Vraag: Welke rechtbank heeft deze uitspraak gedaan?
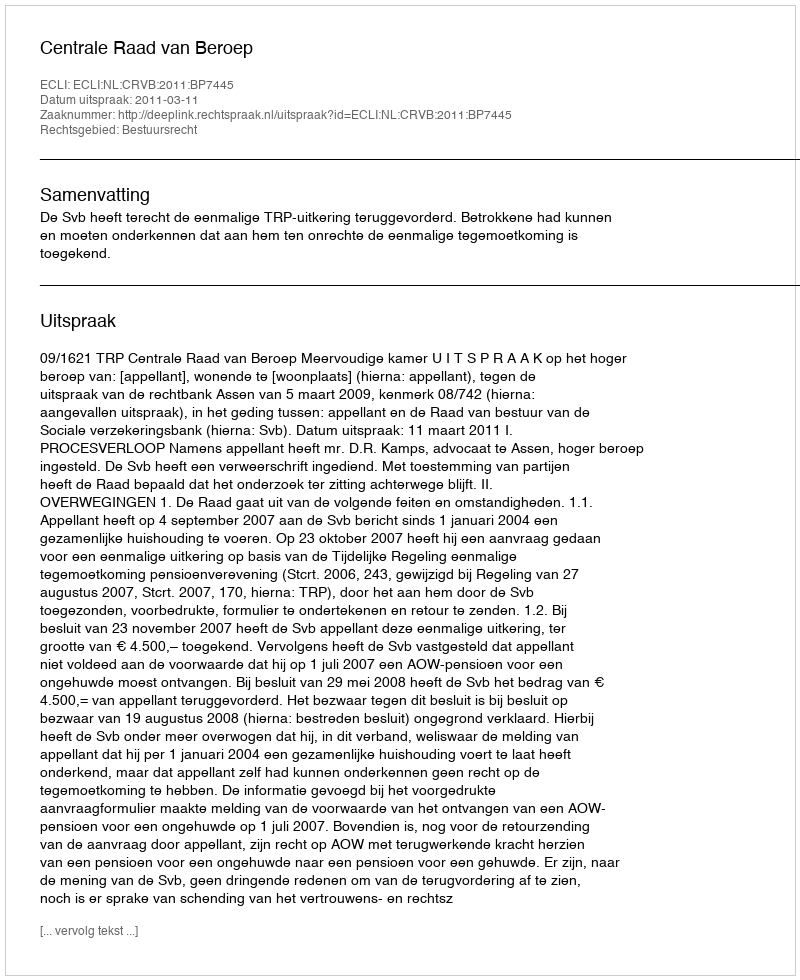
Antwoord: Centrale Raad van Beroep